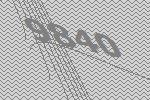
9840